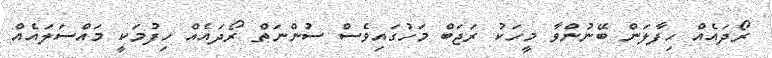
ރޯދައެއް ހިފާލަން ބޭނުންވާ މީހަކު ރަޖަބް މަހުގައިވެސް ސުންނަތް ރޯދައެއް ހިފުމަކީ މައްސަލައެއް